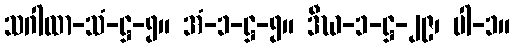
သဂါထာ-သံ-ဋ္ဌ-၅။ အံ-၁-ဋ္ဌ-၅။ ဒီဃ-၁-ဋ္ဌ-၂၉၊ ပါ-၁။